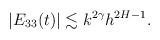
LaTeX: \begin{align*}|E_{33}(t)|\lesssim k^{2\gamma}h^{2H-1}.\end{align*}